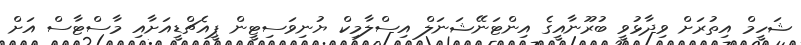
ޝަހީމް އިތުރަށް ވިދާޅުވީ ބުރޫނާއީގެ އިންޓަނޭޝަނަލް އިސްލާމިކް ޔުނިވަސިޓީން ޕީއެޗްޑީއަށާއި މާސްޓާސް އަށް